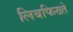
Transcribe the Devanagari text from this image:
लिबफिख्ते